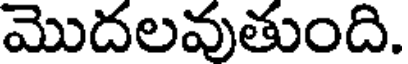
మొదలవుతుంది.